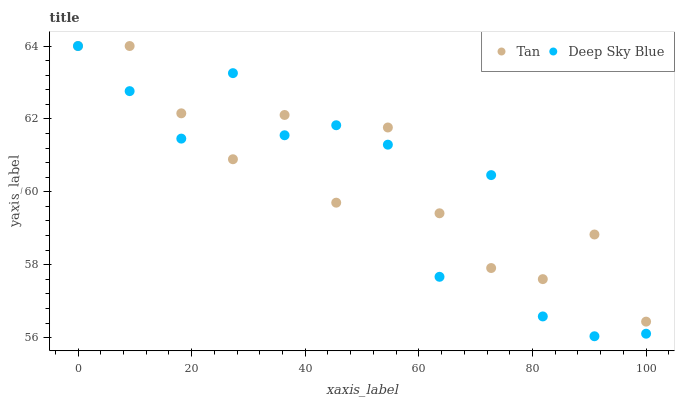
| xaxis_label | Tan | Deep Sky Blue |
 | --- | --- | --- |
 | 0 | 64 | 64 |
 | 9.09 | 64 | 62.8 |
 | 18.2 | 62.2 | 61.5 |
 | 27.3 | 60.9 | 63.3 |
 | 36.4 | 62.1 | 61.6 |
 | 45.5 | 59.7 | 61.8 |
 | 54.5 | 61.8 | 61.3 |
 | 63.6 | 59.4 | 57.7 |
 | 72.7 | 57.9 | 60.5 |
 | 81.8 | 57.6 | 56.6 |
 | 90.9 | 58.8 | 56 |
 | 100 | 56.4 | 56.1 |